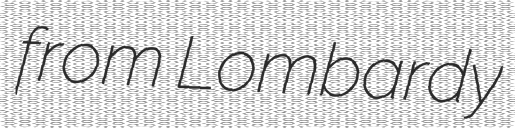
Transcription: from Lombardy